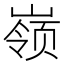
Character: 𱜇